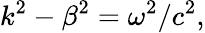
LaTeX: k^{2}-\beta^{2}=\omega^{2}/c^{2},